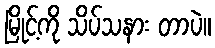
မြိုင့်ကို သိပ်သနား တာပဲ။